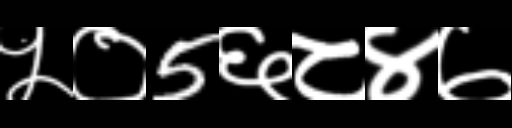
Text: ५०5६८४७